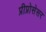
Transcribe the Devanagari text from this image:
प्रीप्रोसेसर